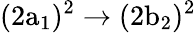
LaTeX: \mathrm{(2a_{1})^{2}\rightarrow(2b_{2})^{2}}